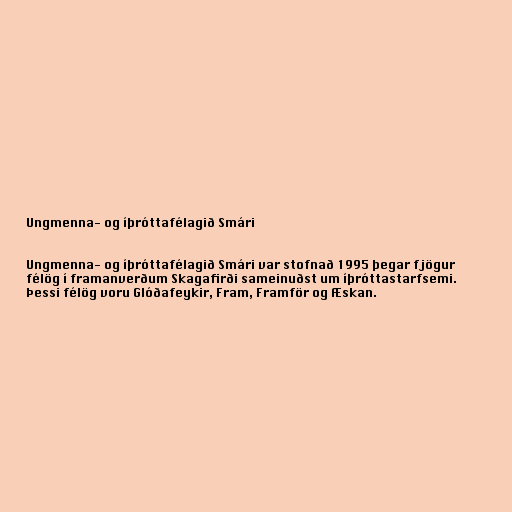
Ungmenna- og íþróttafélagið Smári

Ungmenna- og íþróttafélagið Smári var stofnað 1995 þegar fjögur
félög í framanverðum Skagafirði sameinuðst um íþróttastarfsemi.
Þessi félög voru Glóðafeykir, Fram, Framför og Æskan.